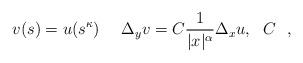
LaTeX: \begin{align*}v(s) = u(s^{\kappa}) \ \ \ \ \Delta_{y} v = C \frac{1}{|x|^{\alpha}}\Delta_x u, \ \ C \ \ ,\end{align*}